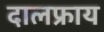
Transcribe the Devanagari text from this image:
दालफ्राय